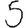
Digit: 5